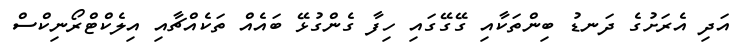
އަދި އެރަށުގެ ދަނޑު ބިންތަކާއި ގޭގޭގައި ހިފާ ގެންގުޅޭ ބައެއް ތަކެއްޗާއި އިލެކްޓްރޯނިކްސް